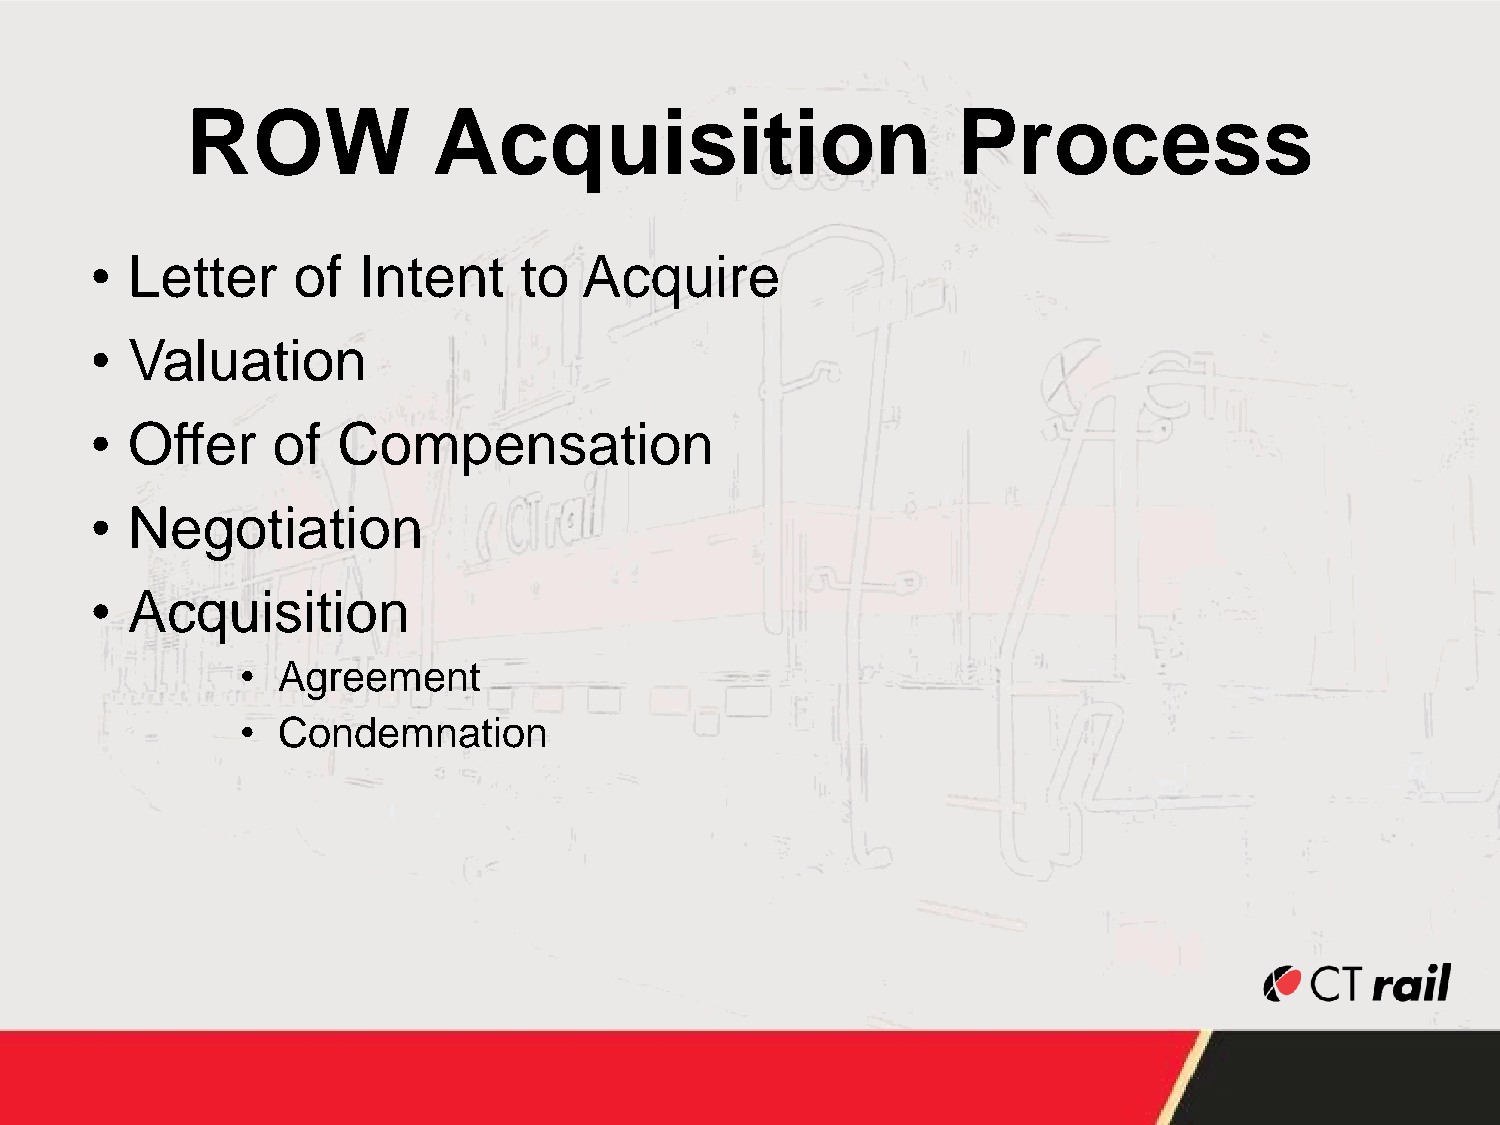
ROW              Acquisition                       Process
 • Letter     of   Intent    to   Acquire
 • Valuation
 • Offer     of  Compensation
 • Negotiation
 • Acquisition
 • Agreement
 • Condemnation
 26